Document type: Sale
Year: 1354
Scribe: Bernat de Torre
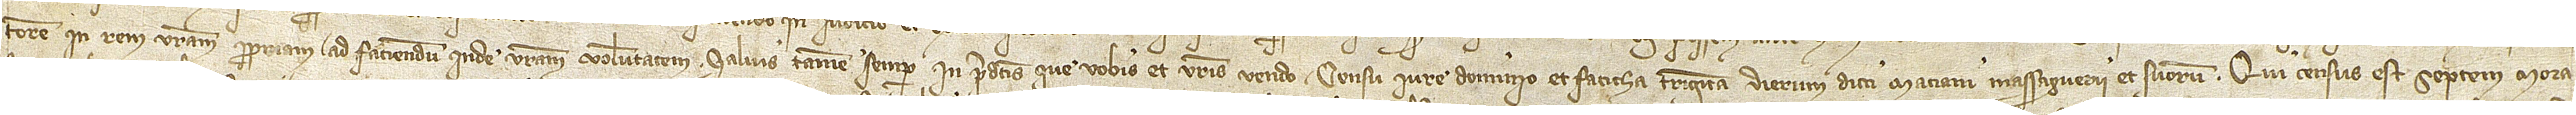
torem in rem vestram propriam ad faciendum inde vestram voluntatem. Salvis tamen semper in predictis que vobis et vestris vendo censu, iure, dominio et faticha triginta dierum dicti Maciani Massaguerii et suorum. Qui census est septem mora-